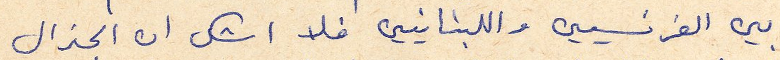
بين الفرنسيين واللبنانيين فلا اشك ان الجنرال